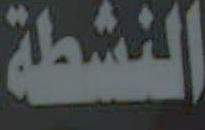
النشطة